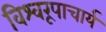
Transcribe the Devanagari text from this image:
विश्वरूपाचार्य